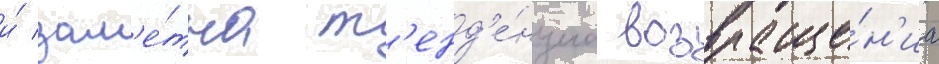
и́ зам'е́тна т'енд'е́нциа возвраще́н'иа